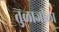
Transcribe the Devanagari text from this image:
तुळाजीला